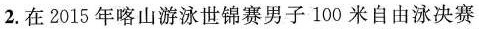
2.在2015年喀山游泳世锦赛男子100米自由泳决赛